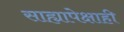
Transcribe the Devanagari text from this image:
साह्यापेक्षाही